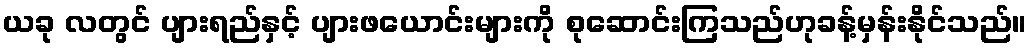
ယခု လတွင် ပျားရည်နှင့် ပျားဖယောင်းများကို စုဆောင်းကြသည်ဟုခန့်မှန်းနိုင်သည်။